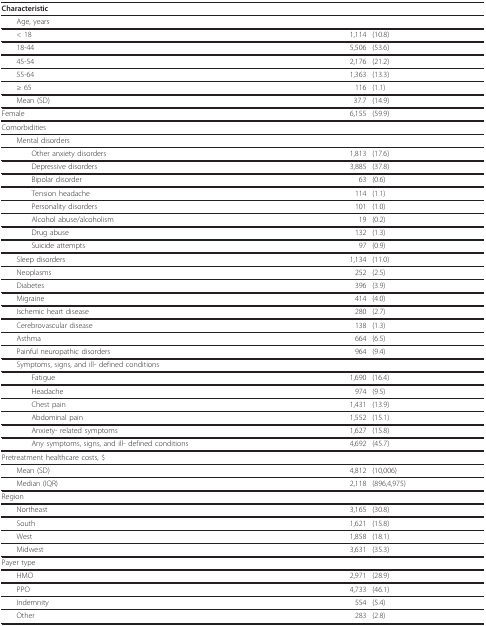
| Characteristic |  |  |
 | --- | --- | --- |
 | Age, years |  |  |
 | < 18 | 1,114 | (10.8) |
 | 18-44 | 5,506 | (53.6) |
 | 45-54 | 2,176 | (21.2) |
 | 55-64 | 1,363 | (13.3) |
 | ≥ 65 | 116 | (1.1) |
 | Mean (SD) | 37.7 | (14.9) |
 | Female | 6,155 | (59.9) |
 | Comorbidities |  |  |
 | Mental disorders |  |  |
 | Other anxiety disorders | 1,813 | (17.6) |
 | Depressive disorders | 3,885 | (37.8) |
 | Bipolar disorder | 63 | (0.6) |
 | Tension headache | 114 | (1.1) |
 | Personality disorders | 101 | (1.0) |
 | Alcohol abuse/alcoholism | 19 | (0.2) |
 | Drug abuse | 132 | (1.3) |
 | Suicide attempts | 97 | (0.9) |
 | Sleep disorders | 1,134 | (11.0) |
 | Neoplasms | 252 | (2.5) |
 | Diabetes | 396 | (3.9) |
 | Migraine | 414 | (4.0) |
 | Ischemic heart disease | 280 | (2.7) |
 | Cerebrovascular disease | 138 | (1.3) |
 | Asthma | 664 | (6.5) |
 | Painful neuropathic disorders | 964 | (9.4) |
 | Symptoms, signs, and ill- defined conditions |  |  |
 | Fatigue | 1,690 | (16.4) |
 | Headache | 974 | (9.5) |
 | Chest pain | 1,431 | (13.9) |
 | Abdominal pain | 1,552 | (15.1) |
 | Anxiety- related symptoms | 1,627 | (15.8) |
 | Any symptoms, signs, and ill- defined conditions | 4,692 | (45.7) |
 | Pretreatment healthcare costs, $ |  |  |
 | Mean (SD) | 4,812 | (10,006) |
 | Median (IQR) | 2,118 | (896,4,975) |
 | Region |  |  |
 | Northeast | 3,165 | (30.8) |
 | South | 1,621 | (15.8) |
 | West | 1,858 | (18.1) |
 | Midwest | 3,631 | (35.3) |
 | Payer type |  |  |
 | HMO | 2,971 | (28.9) |
 | PPO | 4,733 | (46.1) |
 | Indemnity | 554 | (5.4) |
 | Other | 283 | (2.8) |